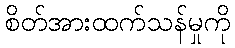
စိတ်အားထက်သန်မှုကို